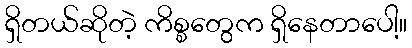
ရှိတယ်ဆိုတဲ့ ကိစ္စတွေက ရှိနေတာပေါ့။